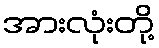
အားလုံးတို့